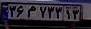
۳۶م۷۳۳۱۳